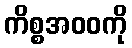
ကိစ္စအဝဝကို